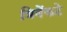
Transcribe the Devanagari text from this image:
त्रिवेंकटे